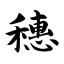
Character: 穗